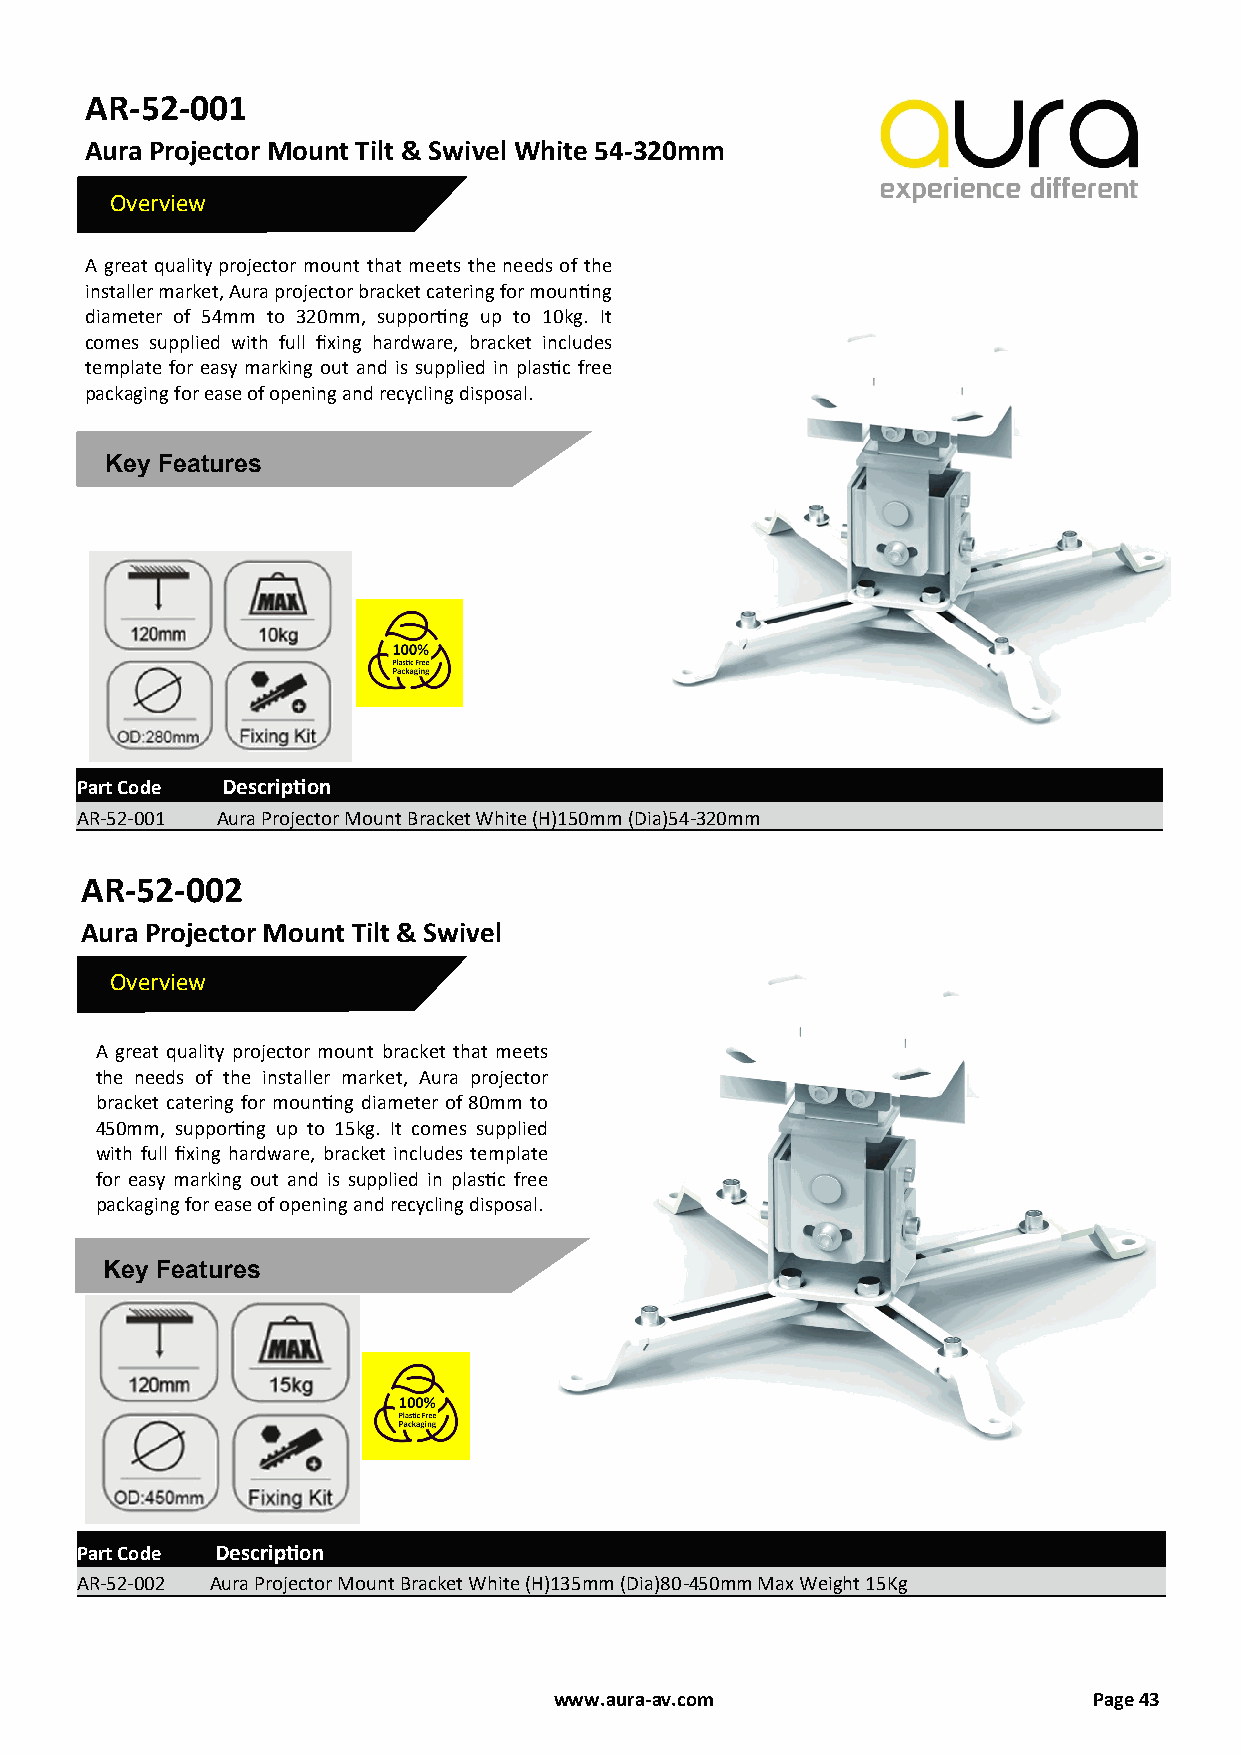
AR-52-001
 Aura Projector Mount Tilt & Swivel White 54-320mm
 Overview
 A great quality projector mount that meets the needs of the
 installer market, Aura projector bracket catering for mounting
 diameter of 54mm to 320mm, supporting up to 10kg. It
 comes supplied with full fixing hardware, bracket includes
 template for easy marking out and is supplied in plastic free
 packaging for ease of opening and recycling disposal.
 Key Features
 Part Code Description
 AR-52-001 Aura Projector Mount Bracket White (H)150mm (Dia)54-320mm
 AR-52-002
 Aura Projector Mount Tilt & Swivel
 Overview
 A great quality projector mount bracket that meets
 the needs of the installer market, Aura projector
 bracket catering for mounting diameter of 80mm to
 450mm, supporting up to 15kg. It comes supplied
 with full fixing hardware, bracket includes template
 for easy marking out and is supplied in plastic free
 packaging for ease of opening and recycling disposal.
 Key Features
 Part Code Description
 AR-52-002 Aura Projector Mount Bracket White (H)135mm (Dia)80-450mm Max Weight 15Kg
 www.aura-av.com                    Page 43